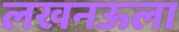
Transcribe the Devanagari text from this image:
लखनऊला